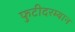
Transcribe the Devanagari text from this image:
फुटीदरम्यान